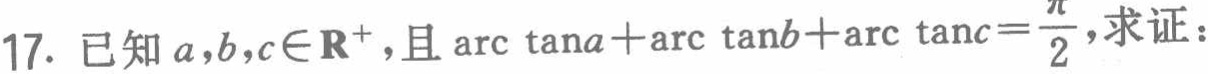
17. 已知\(a,b,c\in\mathbf{R}^{+}\)，且\(\arctan a+\arctan b+\arctan c = \frac{\pi}{2}\)，求证：